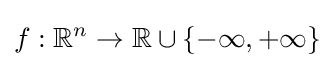
f:\mathbb {R} ^{n}\to \mathbb {R} \cup \{-\infty ,+\infty \}